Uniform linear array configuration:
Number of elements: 24
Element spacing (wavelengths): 0.75
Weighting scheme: uniform
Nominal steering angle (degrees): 60
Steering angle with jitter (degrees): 58.856
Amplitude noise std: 0.05
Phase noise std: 0.05

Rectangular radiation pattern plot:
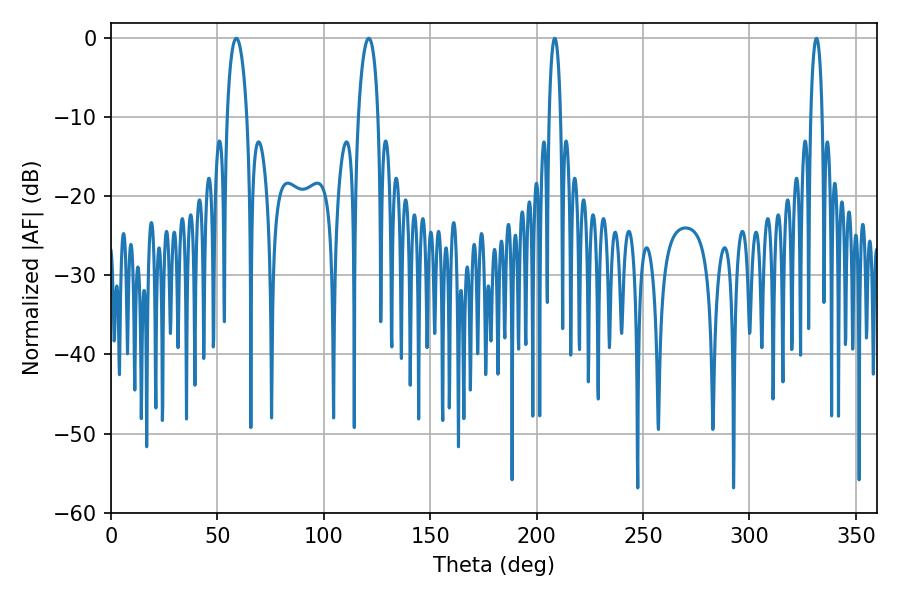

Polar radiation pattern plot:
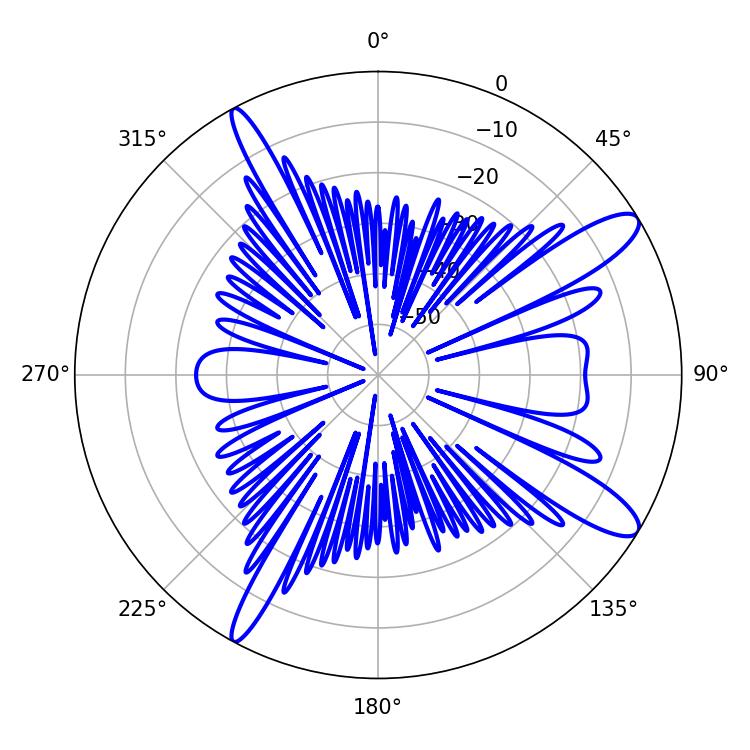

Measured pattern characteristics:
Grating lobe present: TRUE
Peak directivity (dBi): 12.086
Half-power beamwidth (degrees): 5.22
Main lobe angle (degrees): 58.86